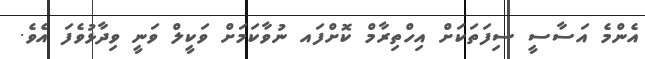
އެންމެ އަސާސީ ސިފަތަކަށް އިހްތިރާމް ކޮށްފައ ނުވާކަމަށް ވަކީލް ވަނީ ވިދާޅުވެފަ އެވެ.